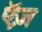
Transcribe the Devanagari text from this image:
ऍज़